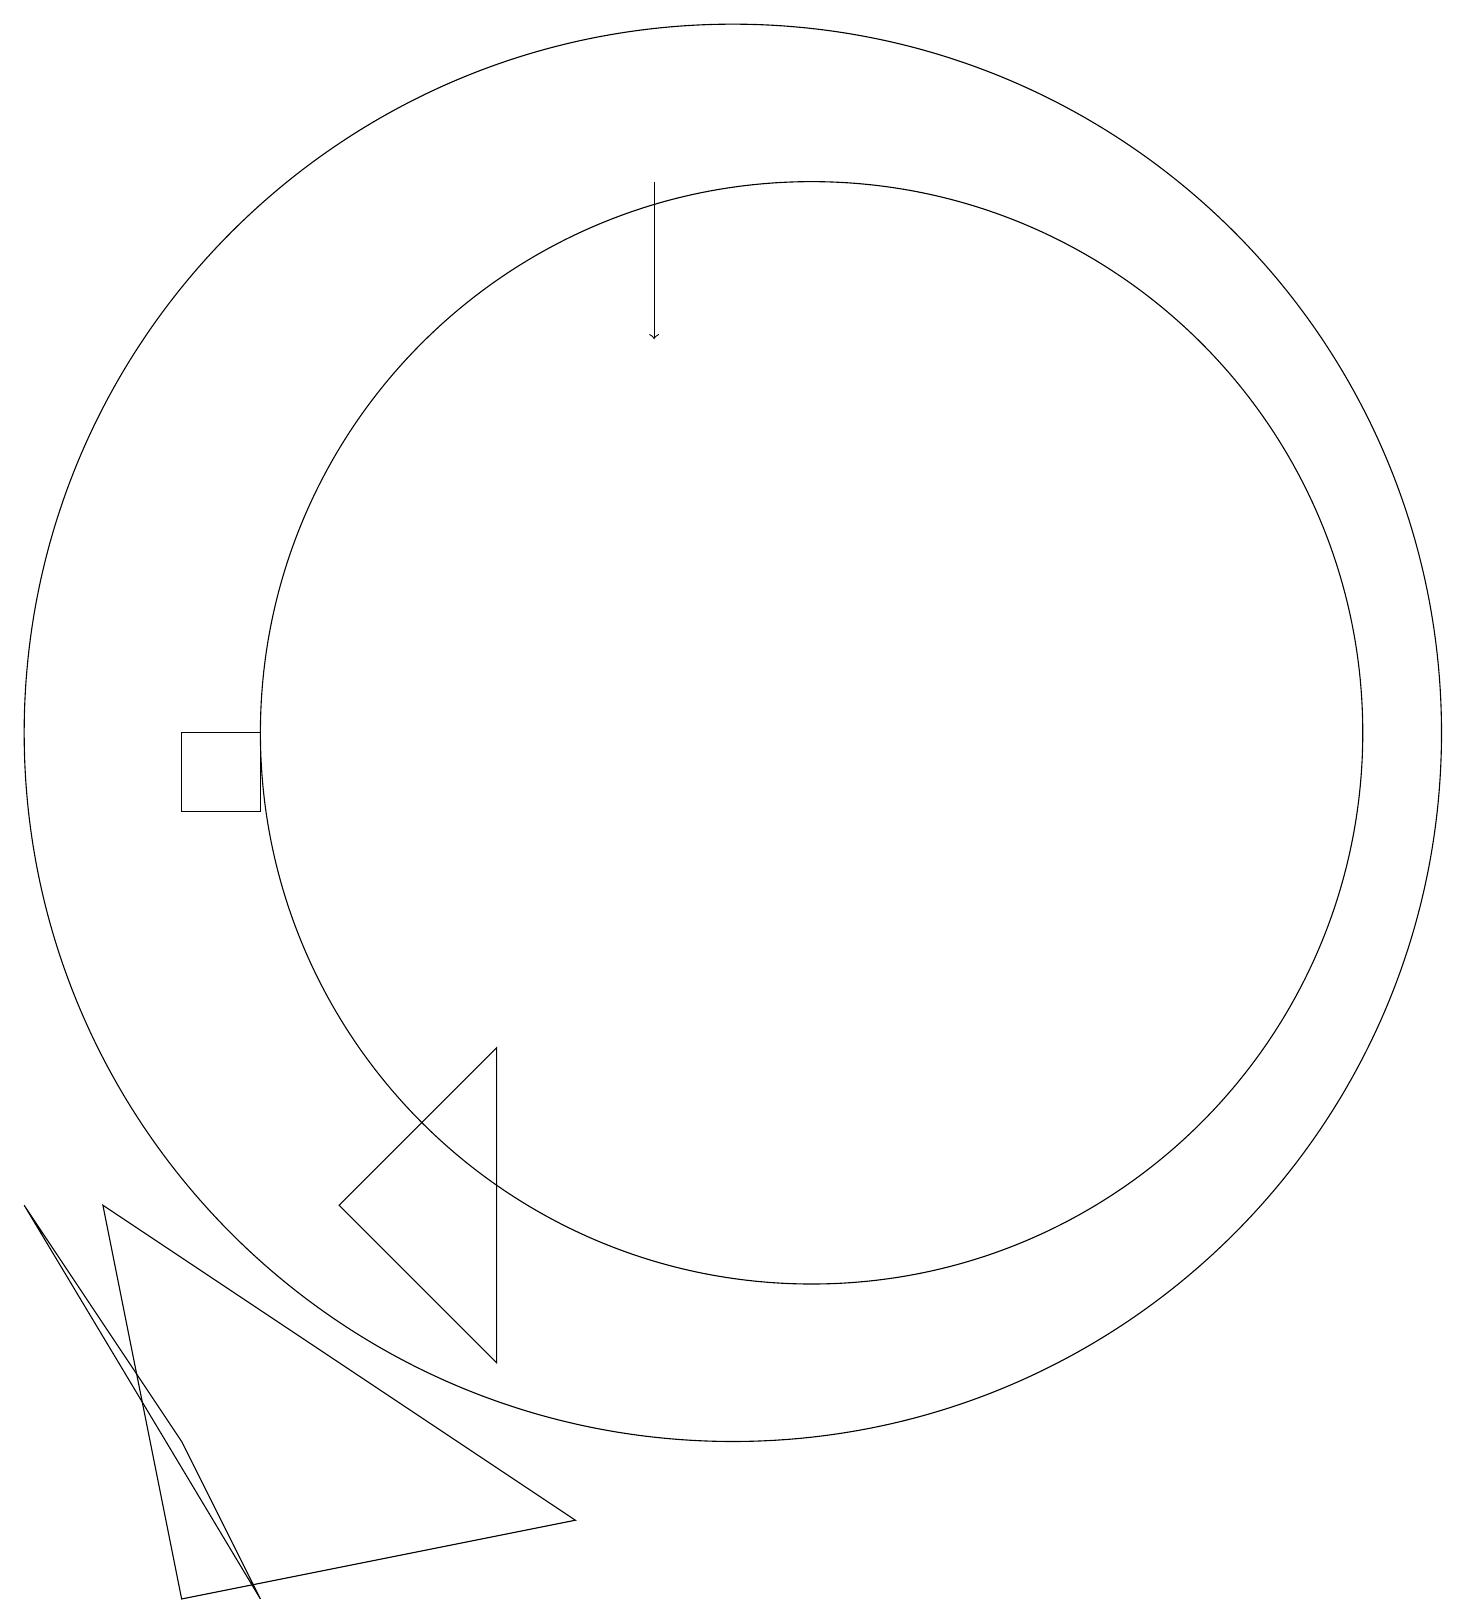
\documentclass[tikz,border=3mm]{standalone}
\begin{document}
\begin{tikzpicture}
\draw (3,11) rectangle (4,10);
\draw (10,11) circle (9);
\draw (5,5) -- (7,7) -- (7,3) -- cycle;
\draw[->] (9,18) -- (9,16);
\draw (4,0) -- (1,5) -- (3,2) -- cycle;
\draw (11,11) circle (7);
\draw (3,0) -- (2,5) -- (8,1) -- cycle;
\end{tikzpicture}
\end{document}